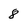
Character: 8